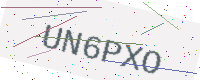
Text: UN6PXO